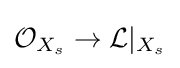
{\mathcal {O}}_{X_{s}}\to {\mathcal {L}}|_{X_{s}}